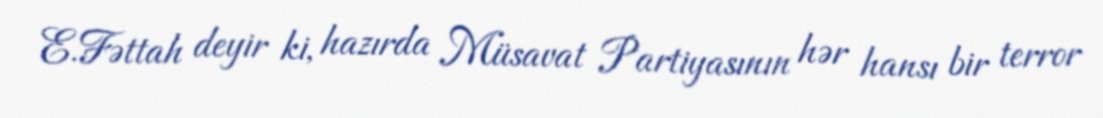
E.Fəttah deyir ki, hazırda Müsavat Partiyasının hər hansı bir terror